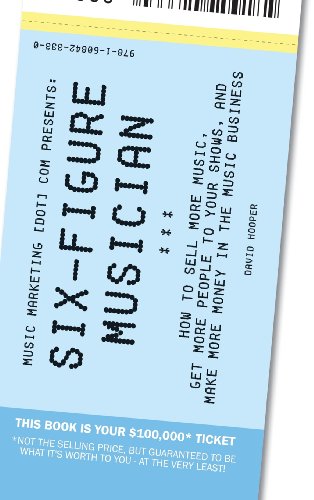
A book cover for Six-Figure Musician - How to Sell More Music, Get More People to Your Shows, and Make More Money in the Music Business (Music Marketing [Dot] Com Pres; David Hooper; Arts & Photography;